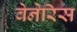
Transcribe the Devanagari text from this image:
वेनेरिस